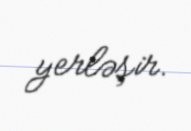
yerləşir.